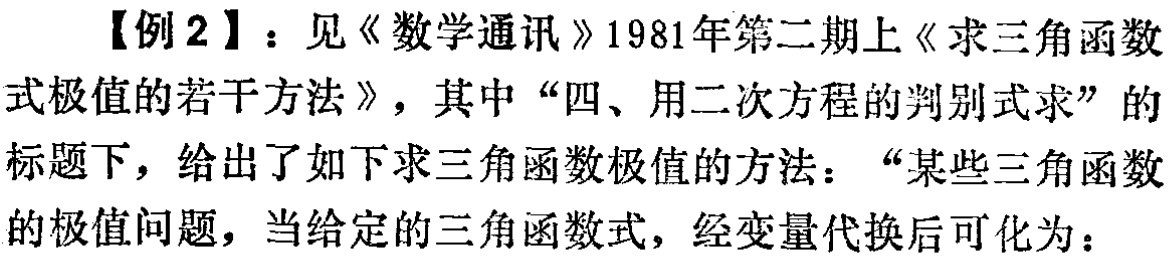
【例2】：见《数学通讯》1981年第二期上《求三角函数式极值的若干方法》，其中“四、用二次方程的判别式求”的标题下，给出了如下求三角函数极值的方法：“某些三角函数的极值问题，当给定的三角函数式，经变量代换后可化为：